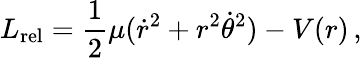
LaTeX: L_{\mathrm{rel}}={\frac{1}{2}}\mu({\dot{r}}^{2}+r^{2}{\dot{\theta}}^{2})-V(r)\, ,